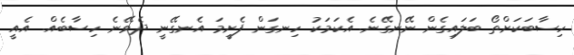
ހިސާބަކަށްތޯ ބަލައިގެން ނޭނގޭނެ. އެކަމަކު ހިނގަން ފެށީމަ އެނގޭނީ ދެވޭނެ ހިސާބެއް. އެއީ